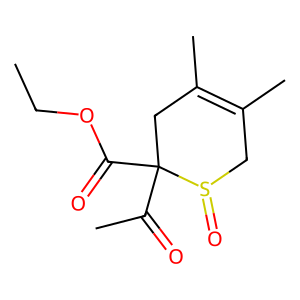
SMILES: CCOC(=O)C1(C(C)=O)CC(C)=C(C)CS1=O
Inhibits HIV replication: No